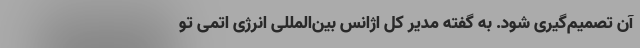
آن تصمیم‌گیری شود. به گفته مدیر کل اژانس بین‌المللی انرژی اتمی تو